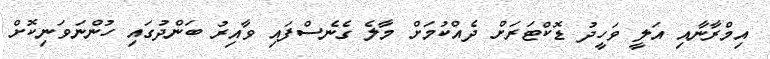
އިމްރާނާއި އަލީ ވަހީދު ޑޮކްޓަރަށް ދެއްކުމަށް މާލެ ގެނެސްފައި ވާއިރު ބަންދުގައި ހުންނަވަނިކޮށް